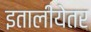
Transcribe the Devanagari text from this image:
इतालीयेतर